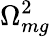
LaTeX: \Omega_{mg}^{2}